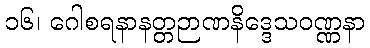
၁၆၊ ဂေါစရနာနတ္တဉာဏနိဒ္ဒေသဝဏ္ဏနာ